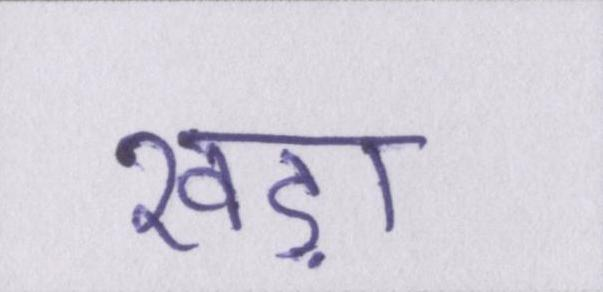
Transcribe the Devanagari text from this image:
खड़ा